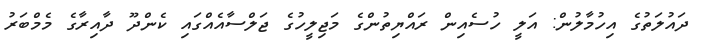
ދައުލަތުގެ އިހުމާލުން: އަލީ ހުސެއިން ރައްޔިތުންގެ މަޖިލީހުގެ ޖަލްސާއެއްގައި ކެންދޫ ދާއިރާގެ މެމްބަރު